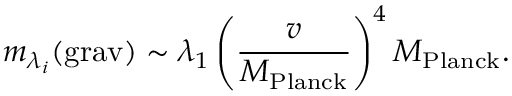
m _ { \lambda _ { i } } ( \mathrm { g r a v } ) \sim \lambda _ { 1 } \left( \frac { v } { M _ { \mathrm { P l a n c k } } } \right) ^ { 4 } M _ { \mathrm { P l a n c k } } .